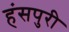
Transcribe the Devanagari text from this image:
हंसपुरी